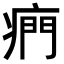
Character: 𤷱